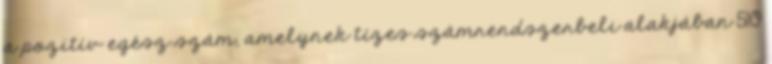
a pozitív egész szám, amelynek tízes számrendszerbeli alakjában 510